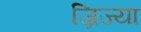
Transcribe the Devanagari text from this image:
ज्रिज्या